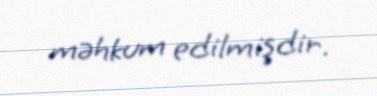
məhkum edilmişdir.